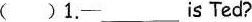
( )1.- ____is Ted?